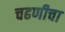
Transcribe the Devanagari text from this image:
चढणीचा